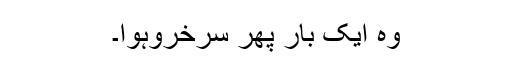
وہ ایک بار پھر سرخروہوا۔